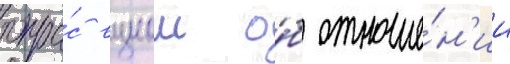
опро́с вциом о́б отноше́н'ии